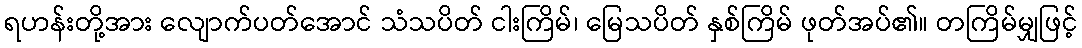
ရဟန်းတို့အား လျောက်ပတ်အောင် သံသပိတ် ငါးကြိမ်၊ မြေသပိတ် နှစ်ကြိမ် ဖုတ်အပ်၏။ တကြိမ်မျှဖြင့်